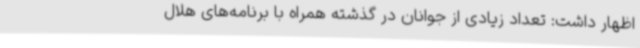
اظهار داشت: تعداد زیادی از جوانان در گذشته همراه با برنامه‌های هلال